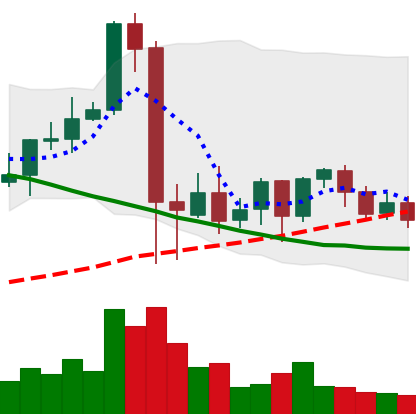
Ticker: NEO-USD
Chart end date: 2021-09-19
Forward return: -17.256%
Label: down_7plus